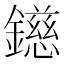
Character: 𨭨